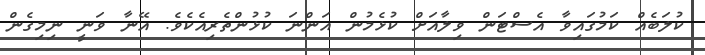
ކުލަބެއް ކަމުގައިވާ އެސްޓަން ވިލާއަށް ކުޅެމުން އަންނަ ކުޅުންތެރިއެކެވެ. އޭނާ ވަނީ ނިމިގެން